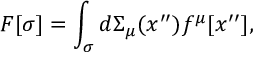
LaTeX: F [ \sigma ] = \int _ { \sigma } { d \Sigma _ { \mu } ( x ^ { \prime \prime } ) f ^ { \mu } [ x ^ { \prime \prime } ] } ,